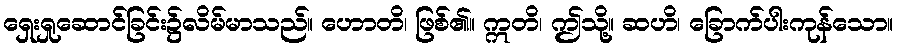
ရှေးရှုဆောင်ခြင်း၌လိမ်မာသည်။ ဟောတိ၊ ဖြစ်၏။ ဣတိ၊ ဤသို့။ ဆဟိ၊ ခြောက်ပါးကုန်သော။